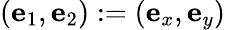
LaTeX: (\mathbf{e}_{1},\mathbf{e}_{2}):=(\mathbf{e}_{x},\mathbf{e}_{y})